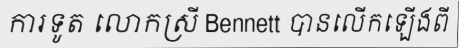
ការទូត លោកស្រី Bennett បានលើកឡើងពី